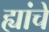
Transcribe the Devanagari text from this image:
ह्यांचें